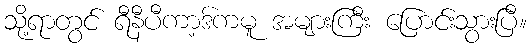
သို့ရာတွင် ရီနီပီကာ့ဒ်ကမူ အများကြီး ပြောင်းသွားပြီ။